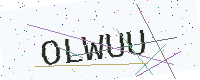
Text: OLWUU